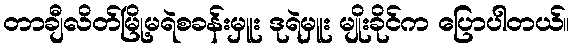
တာချီလိတ်မြို့မရဲစခန်းမှူး ဒုရဲမှူး မျိုးခိုင်က ပြောပါတယ်။